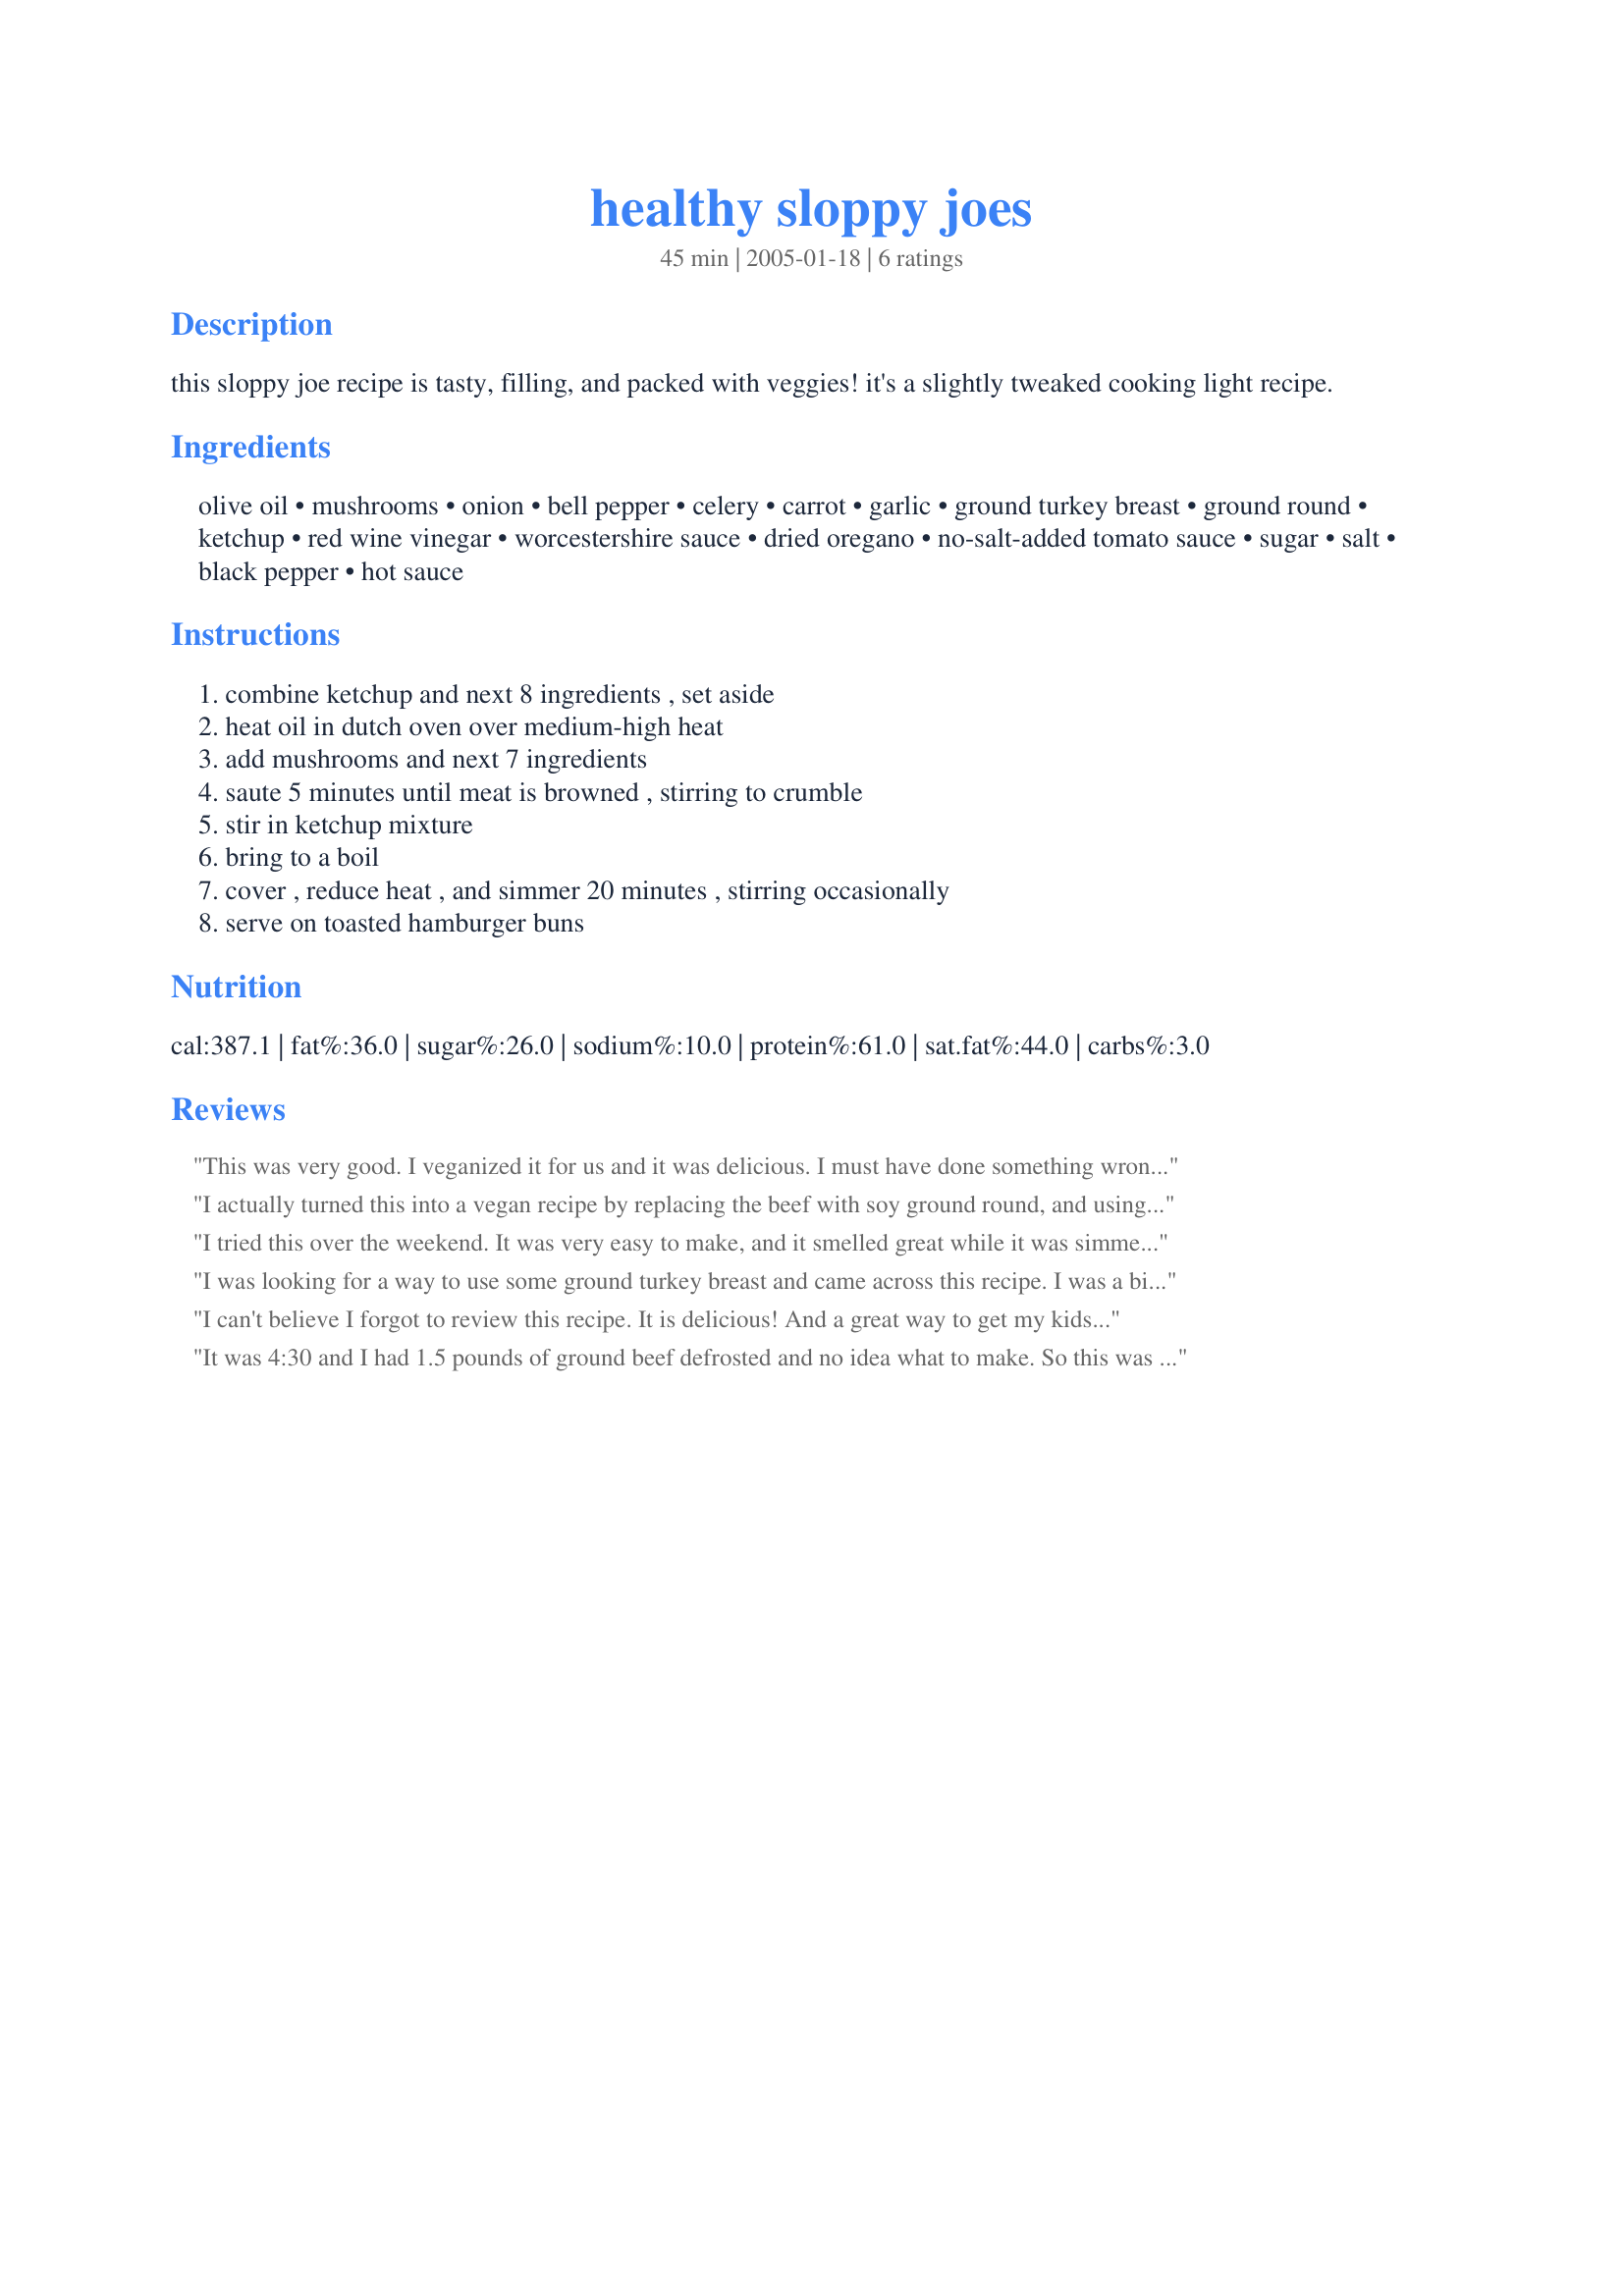
healthy sloppy joes
Preparation time: 45 minutes

this sloppy joe recipe is tasty, filling, and packed with veggies! it's a slightly tweaked cooking light recipe.

Ingredients:
olive oil, mushrooms, onion, bell pepper, celery, carrot, garlic, ground turkey breast, ground round, ketchup, red wine vinegar, worcestershire sauce, dried oregano, no-salt-added tomato sauce, sugar, salt, black pepper, hot sauce

Steps:
combine ketchup and next 8 ingredients , set aside, heat oil in dutch oven over medium-high heat, add mushrooms and next 7 ingredients, saute 5 minutes until meat is browned , stirring to crumble, stir in ketchup mixture, bring to a boil, cover , reduce heat , and simmer 20 minutes , stirring occasionally, serve on toasted hamburger buns

Reviews:
This was very good. I veganized it for us and it was delicious. I must have done something wrong because I had to add water to the final product in order to bring it to a boil, but it still turned out really good. I served it on whole wheat rolls with a vegan cole slaw. Delicious. Didn't have vegan Worchestershire sauce, so used A1 instead (yes, it's vegan). I'll make this again and again.
I actually turned this into a vegan recipe by replacing the beef with soy ground round, and using chicken-like TVP chunks. The sauce may have been slightly missing flavor to my taste, but the whole family loved it so big points for that! Easy and yummy.
I tried this over the weekend. It was very easy to make, and it smelled great while it was simmering. The only adjustment I made was that I used 16 oz of ground turkey breast rather than 8 oz of ground turkey and 8 oz of ground round. We liked it and will definitely make this one again. I liked the fact that there was quite a few veggies in it -- and BF didn't even know it! (He thinks veggies are nonsense.) Next time I may add more hot sauce or some other seasoning for a little more spice(BF likes spicy food and this wasn't quite spicy enough for him). We'll definitely be making this one again. Thanks for sharing your healthy, veggie-packed recipe!
I was looking for a way to use some ground turkey breast and came across this recipe. I was a bit skeptical with all of the veggies but trusted the reviews. It was great and super easy! You really CAN'T taste the veggies and this is a great way to "sneak" them in! The only thing I added was a teaspoon of basil and an extra "shot" of Worcestershire sauce, based on comments about the flavor. My husband and I both loved it and will definitely add this to our list of favorites!
I can't believe I forgot to review this recipe. It is delicious! And a great way to get my kids to eat their veggies without realizing it. It is tangy and freezes beautifully. I always double it when I make it and freeze the rest for another meal. Thanks for a great recipe.
It was 4:30 and I had 1.5 pounds of ground beef defrosted and no idea what to make. So this was a very good find! I chopped the veggies very finely in my food processor, making a few adjustments based on what I had (no celery, slightly less mushrooms, more carrots). I left out the hot sauce since I am feeding 2 small children but otherwise followed it exactly. The kids ate it happily. I did feel it needed a little more flavor. Next time I may add a little more ketchup. But it was a good healthy fast recipe!
